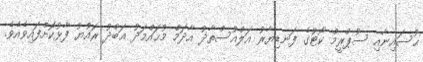
ޙުސައިނާއި ސުޕްރީމް ކޯޓުގެ ފަނޑިޔާރު އަލްއުސްތާޛު އާދަމް މުޙައްމަދު ޢަބްދު ރައުޔު ފާޅުކޮށްފައިވެއެވެ.